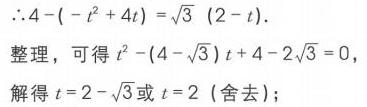
$\therefore 4-(-t^{2}+4t)=\sqrt{3}(2 - t).$
整理，可得$t^{2}-(4-\sqrt{3})t + 4 - 2\sqrt{3}=0$，
解得$t = 2-\sqrt{3}$或$t = 2$（舍去）；